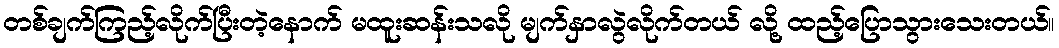
တစ်ချက်ကြည့်လိုက်ပြီးတဲ့နောက် မထူးဆန်းသလို မျက်နှာလွဲလိုက်တယ် လို့ ထည့်ပြောသွားသေးတယ်။